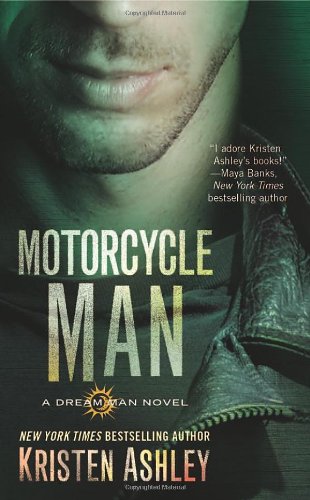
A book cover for Motorcycle Man (Dream Man); Kristen Ashley; Romance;